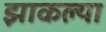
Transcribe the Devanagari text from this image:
झाकल्या